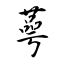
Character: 蕚